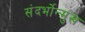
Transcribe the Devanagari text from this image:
संदर्भोन्मुख